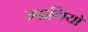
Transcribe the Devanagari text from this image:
ग्वागियो